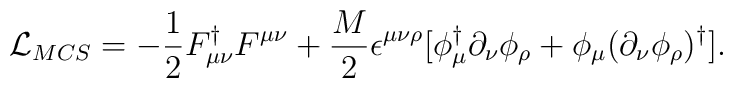
{\cal L}_{MCS}=- \frac{1}{2} F_{\mu\nu}^{\dagger} F^{\mu\nu} + \frac{M}{2}\epsilon^{\mu\nu\rho}[\phi^{\dagger}_{\mu}\partial_\nu\phi_\rho+ \phi_\mu(\partial_\nu\phi_\rho)^\dagger].